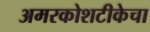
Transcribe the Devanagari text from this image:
अमरकोशटीकेचा